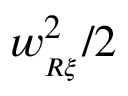
w _ { _ { R \xi } } ^ { 2 } / 2